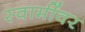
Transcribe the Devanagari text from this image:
स्वामींवर